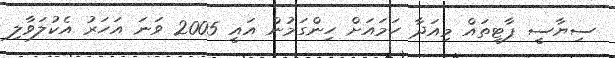
ސިޔާސީ ޕާޓީތައް މިއަދާ ހަމައަށް ހިންގަމުން އައީ 2005 ވަނަ އަހަރު އެކުލަވާލި